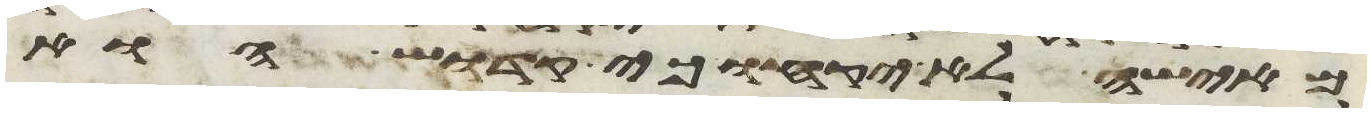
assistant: מאישה לא יקחו כי קדוש הוא